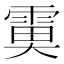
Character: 𩃙